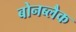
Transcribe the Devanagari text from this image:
बोनब्लैक